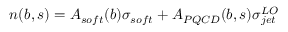
n ( b , s ) = A _ { s o f t } ( b ) \sigma _ { s o f t } + A _ { P Q C D } ( b , s ) \sigma _ { j e t } ^ { L O }